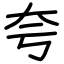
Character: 夸